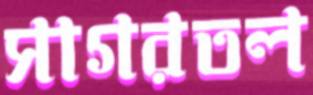
সাগরতল